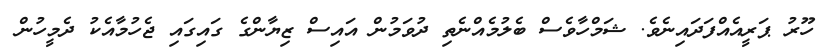
ހޫރު ޕަރީއެއްފަދައިނެވެ. ޝަމްހާވެސް ބެލުމެއްނެތި ދުވަމުން އައިސް ޒިޔާންގެ ގައިގައި ޖެހުމާއެކު ދެމީހުން